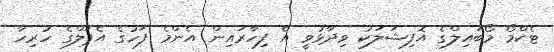
ޓެކްމޯ މޯބައިލްގެ އޮފިޝަލަކު ވިދާޅުވީ އެ ފިހާރައިން އެންމެ ފަހުގެ އެޕަލްގެ ހުރިހާ